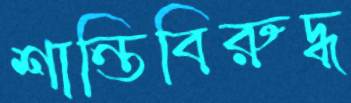
শান্তিবিরুদ্ধ